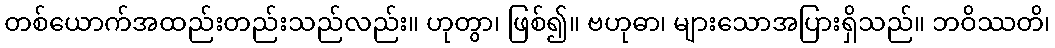
တစ်ယောက်အထည်းတည်းသည်လည်း။ ဟုတွာ၊ ဖြစ်၍။ ဗဟုဓာ၊ များသောအပြားရှိသည်။ ဘဝိဿတိ၊